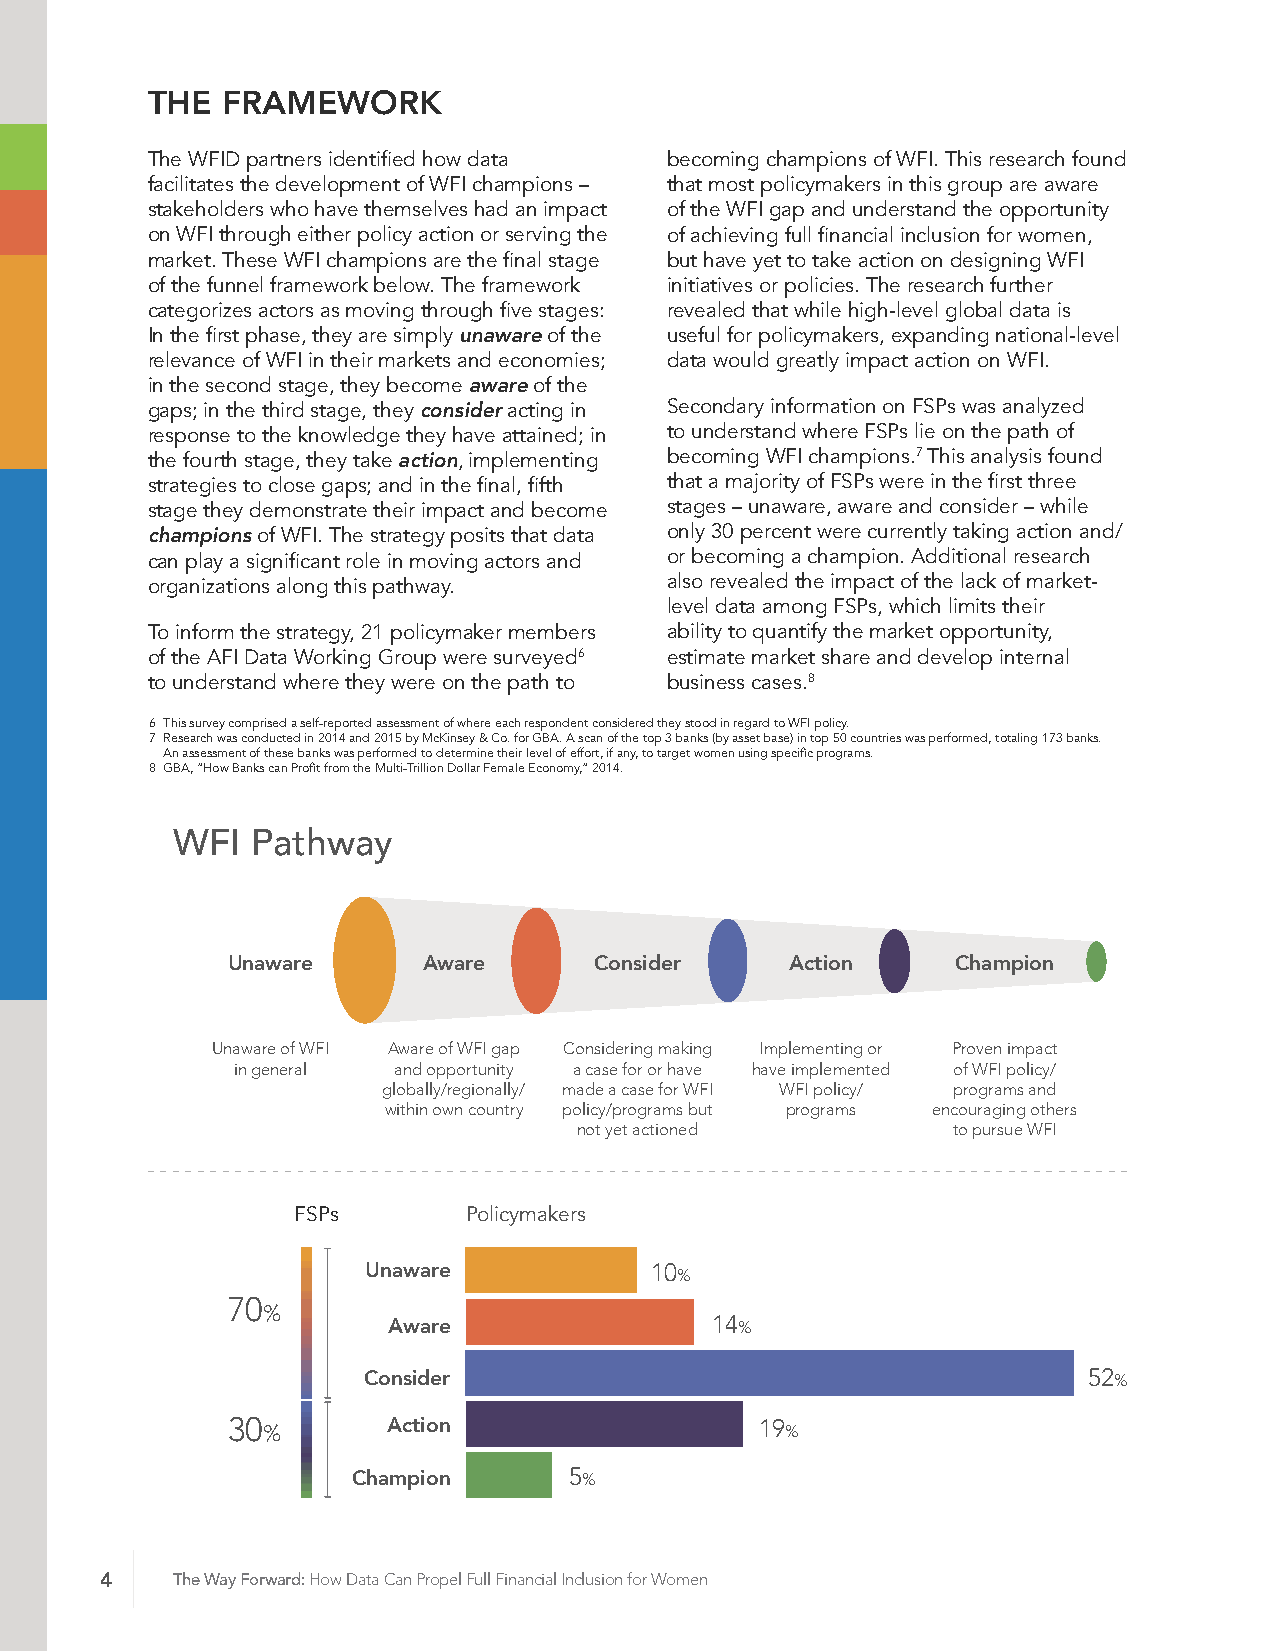
THE  FRAMEWORK
 The WFID partners identified how data becoming champions of WFI. This research found
 facilitates the development of WFI champions – that most policymakers in this group are aware
 stakeholders who have themselves had an impact of the WFI gap and understand the opportunity
 on WFI through either policy action or serving the of achieving full financial inclusion for women,
 market. These WFI champions are the final stage but have yet to take action on designing WFI
 of the funnel framework below. The framework initiatives or policies. The research further
 categorizes actors as moving through five stages: revealed that while high-level global data is
 In the first phase, they are simply unaware of the useful for policymakers, expanding national-level
 relevance of WFI in their markets and economies; data would greatly impact action on WFI.
 in the second stage, they become aware of the
 gaps; in the third stage, they consider acting in Secondary information on FSPs was analyzed
 response to the knowledge they have attained; in to understand where FSPs lie on the path of
 the fourth stage, they take action, implementing becoming WFI champions.7 This analysis found
 strategies to close gaps; and in the final, fifth that a majority of FSPs were in the first three
 stage they demonstrate their impact and become stages – unaware, aware and consider – while
 champions of WFI. The strategy posits that data only 30 percent were currently taking action and/
 can play a significant role in moving actors and or becoming a champion. Additional research
 organizations along this pathway. also revealed the impact of the lack of market-
 level data among FSPs, which limits their
 To inform the strategy, 21 policymaker members ability to quantify the market opportunity,
 of the AFI Data Working Group were surveyed6 estimate market share and develop internal
 to understand where they were on the path to business cases.8
 6 This survey comprised a self-reported assessment of where each respondent considered they stood in regard to WFI policy.
 7 Research was conducted in 2014 and 2015 by McKinsey & Co. for GBA. A scan of the top 3 banks (by asset base) in top 50 countries was performed, totaling 173 banks.
 An assessment of these banks was performed to determine their level of effort, if any, to target women using specific programs.
 8 GBA, “How Banks can Profit from the Multi-Trillion Dollar Female Economy,” 2014.
 WFI   Pathway
 Unaware      Aware      Consider     Action     Champion
 Unaware of WFI Aware of WFI gap Considering making Implementing or Proven impact
 in general and opportunity a case for or have have implemented of WFI policy/
 globally/regionally/ made a case for WFI WFI policy/ programs and
 within own country policy/programs but programs encouraging others
 not yet actioned         to pursue WFI
 FSPs        Policymakers
 Unaware            10%
 70
 %
 Aware
 14%
 Consider
 52%
 30 %       Action                  19%
 Champion
 5%
 4   The Way Forward: How Data Can Propel Full Financial Inclusion for Women